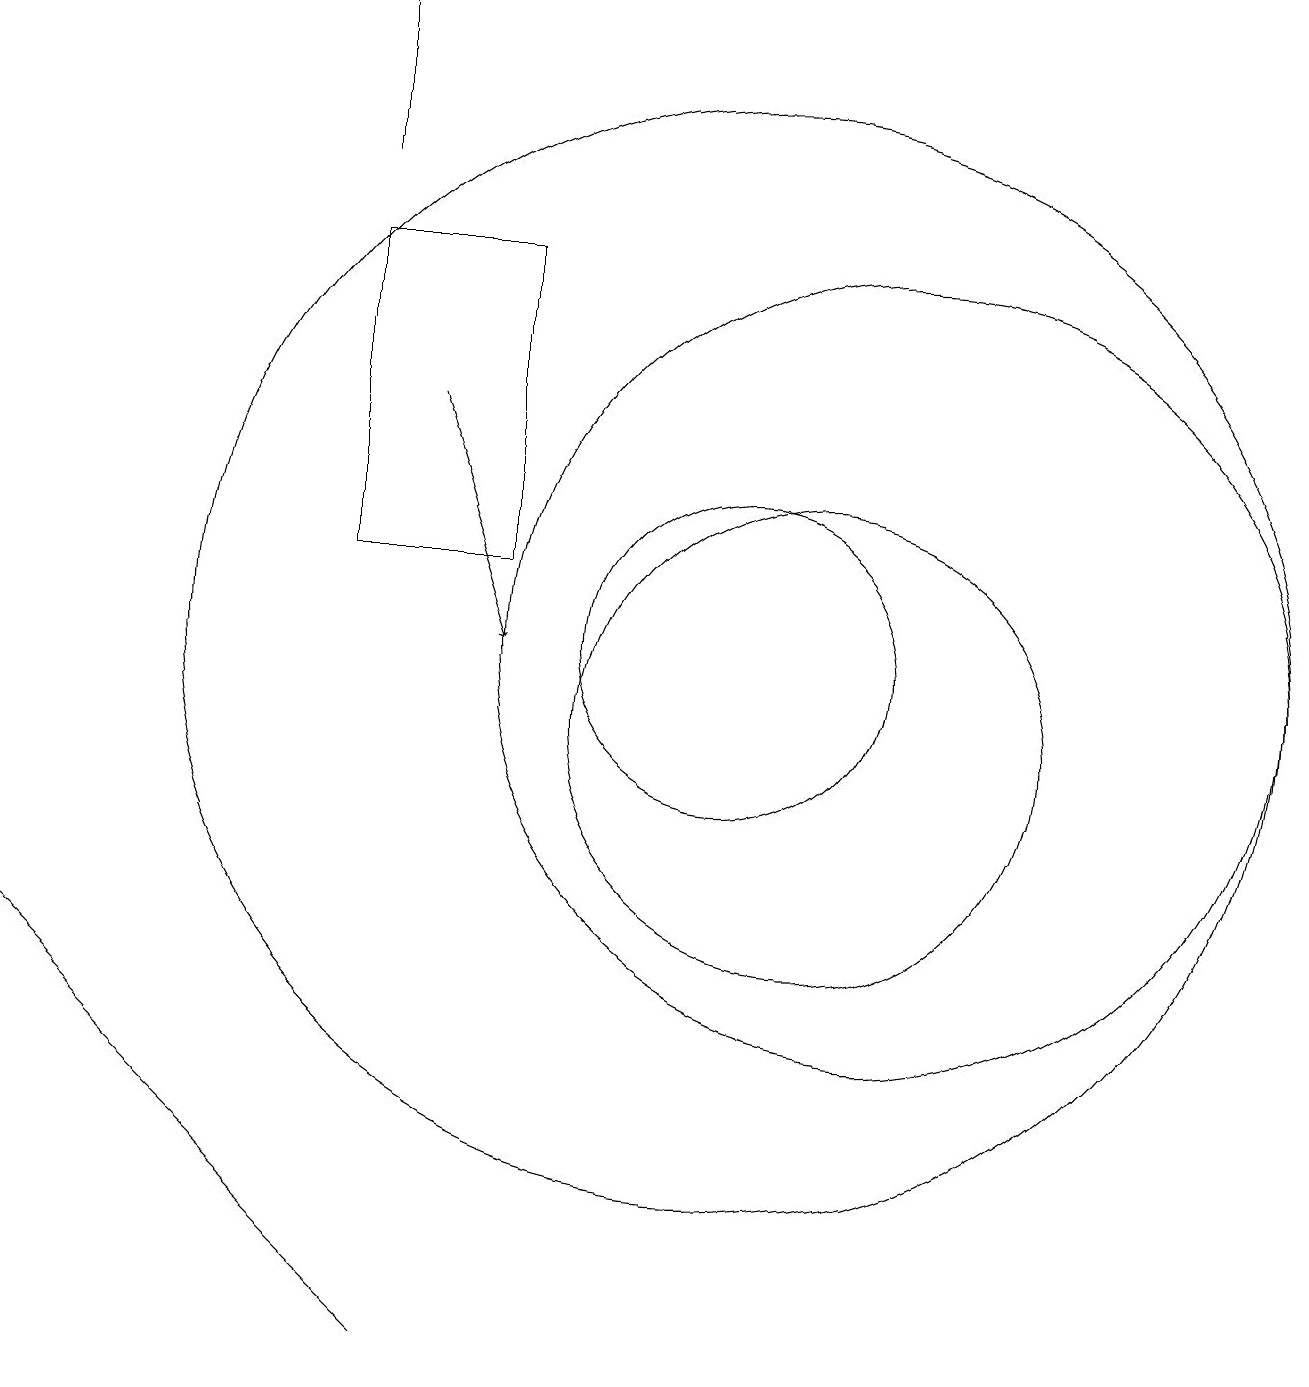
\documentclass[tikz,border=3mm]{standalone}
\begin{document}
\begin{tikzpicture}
\draw (11,10) circle (3);
\draw[->] (6,14) -- (7,11);
\draw (12,11) circle (5);
\draw (3,5) -- (1,7) -- (6,2) -- cycle;
\draw (10,11) circle (2);
\draw (5,19) rectangle (5,17);
\draw (5,12) rectangle (7,16);
\draw (10,11) circle (7);
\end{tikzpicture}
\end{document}